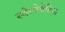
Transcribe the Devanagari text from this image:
स्केनेवेडिया